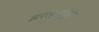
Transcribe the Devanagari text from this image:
झरोक्यांतून